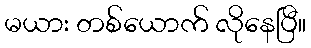
မယား တစ်ယောက် လိုနေပြီ။